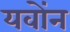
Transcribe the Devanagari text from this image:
यवोंन